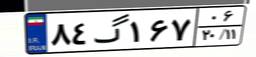
۸۹گ۸۵۹۵۵